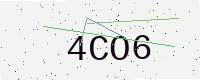
Text: 4CO6